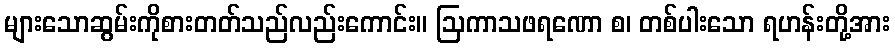
များသောဆွမ်းကိုစားတတ်သည်လည်းကောင်း။ ဩကာသဖရဏော စ၊ တစ်ပါးသော ရဟန်းတို့အား